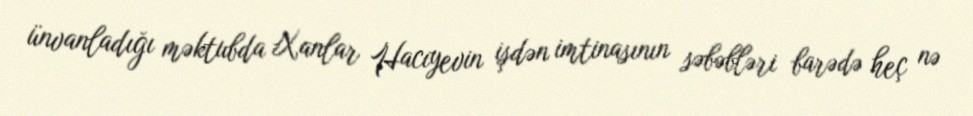
ünvanladığı məktubda Xanlar Hacıyevin işdən imtinasının səbəbləri barədə heç nə